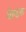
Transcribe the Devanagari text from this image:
बेल्डक